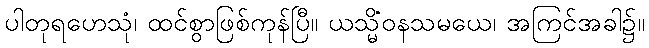
ပါတုရဟေသုံ၊ ထင်စွာဖြစ်ကုန်ပြီ။ ယသ္မိံဝနသမယေ၊ အကြင်အခါ၌။